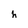
Character: h